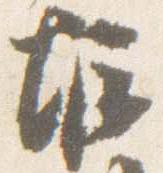
堀